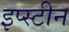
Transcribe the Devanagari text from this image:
इप्स्टीन